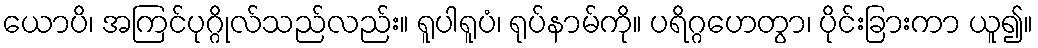
ယောပိ၊ အကြင်ပုဂ္ဂိုလ်သည်လည်း။ ရူပါရူပံ၊ ရုပ်နာမ်ကို။ ပရိဂ္ဂဟေတွာ၊ ပိုင်းခြားကာ ယူ၍။